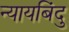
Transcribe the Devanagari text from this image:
न्यायबिंदु